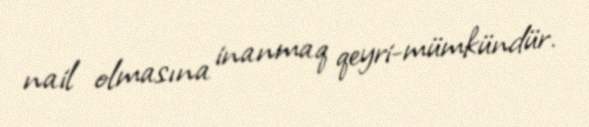
nail olmasına inanmaq qeyri-mümkündür.